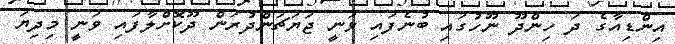
އިންޑިއާގެ ދަ ހިންދޫ ނޫހުގައި ބުނެފައި ވަނީ ޖަޔަޗަންދުރަން ދޫކޮށްލާފައި ވަނީ މިދިޔަ